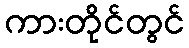
ကားတိုင်တွင်